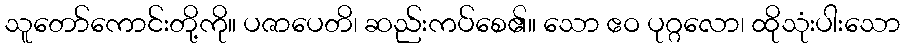
သူတော်ကောင်းတို့ကို။ ပဇာပေတိ၊ ဆည်းကပ်စေ၏။ သော ဧဝ ပုဂ္ဂလော၊ ထိုသုံးပါးသော